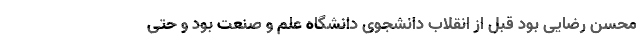
محسن رضایی بود قبل از انقلاب دانشجوی دانشگاه علم و صنعت بود و حتی